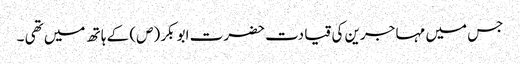
جس میں مہا جرین کی قیا دت حضرت ابو بکر (ص) کے ہا تھ میں تھی ۔